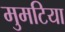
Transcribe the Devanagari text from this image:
मुमटिया